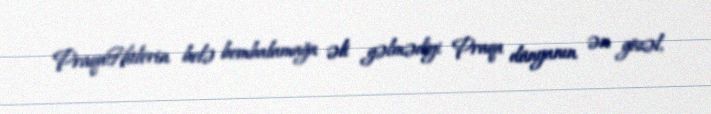
PraqaHitlerin belə bombalamağa əli gəlmədiyi Praqa dünyanın ən gözəl,